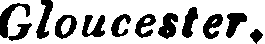
Gloucester.